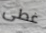
غطى